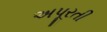
અપૂરતી